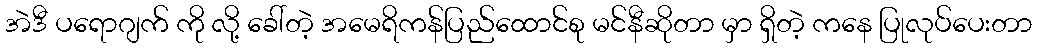
အဲဒီ ပရောဂျက် ကို လို့ ခေါ်တဲ့ အမေရိကန်ပြည်ထောင်စု မင်နီဆိုတာ မှာ ရှိတဲ့ ကနေ ပြုလုပ်ပေးတာ